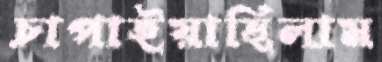
চাপাইয়াছিলাম